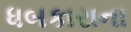
ધબકારાના